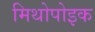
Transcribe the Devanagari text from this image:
मिथोपोइक